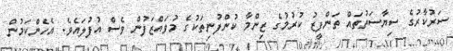
ސަރުކާރުގެ ސިޔާސަތުތައް ތަންފީޒު ކުރުމުގެ ޒިންމާ ކުންފުނިތަކުގެ މުވައްޒަފުން ވެސް އުފުލައެވެ. އެހެންކަމުން